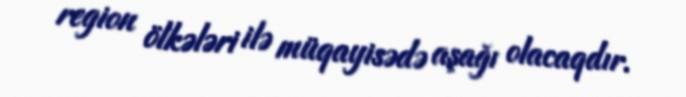
region ölkələri ilə müqayisədə aşağı olacaqdır.